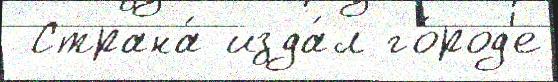
 Страна́ изда́л го́род'е